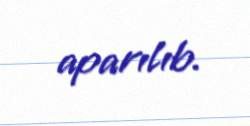
aparılıb.